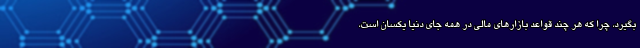
بگیرد، چرا که هر چند قواعد بازارهای مالی در همه جای دنیا یکسان است،